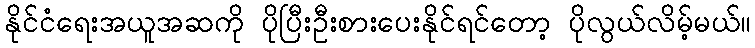
နိုင်ငံရေးအယူအဆကို ပိုပြီးဦးစားပေးနိုင်ရင်တော့ ပိုလွယ်လိမ့်မယ်။